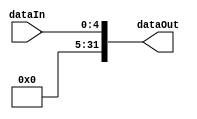
module zeroExtend5to32(dataIn, dataOut);
	input [4:0] dataIn;
	output [31:0] dataOut;

assign dataOut ={27'b000000000000000000000000000, dataIn};

endmodule